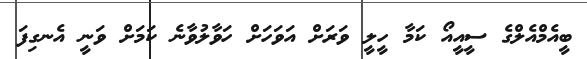
ބީއެމްއެލްގެ ސީއީއޯ ކަމާ ހީލީ ވަރަށް އަވަހަށް ހަވާލުވާނެ ކަމަށް ވަނީ އެނގިފަ